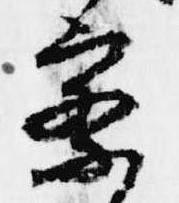
察